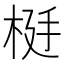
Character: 𬂹